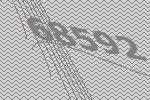
68592